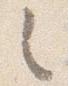
之